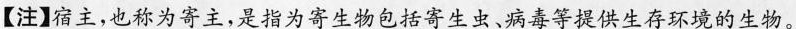
【注】宿主，也称为寄主，是指为寄生物包括寄生虫、病毒等提供生存环境的生物。